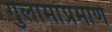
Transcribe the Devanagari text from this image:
गुलामांप्रमाणे